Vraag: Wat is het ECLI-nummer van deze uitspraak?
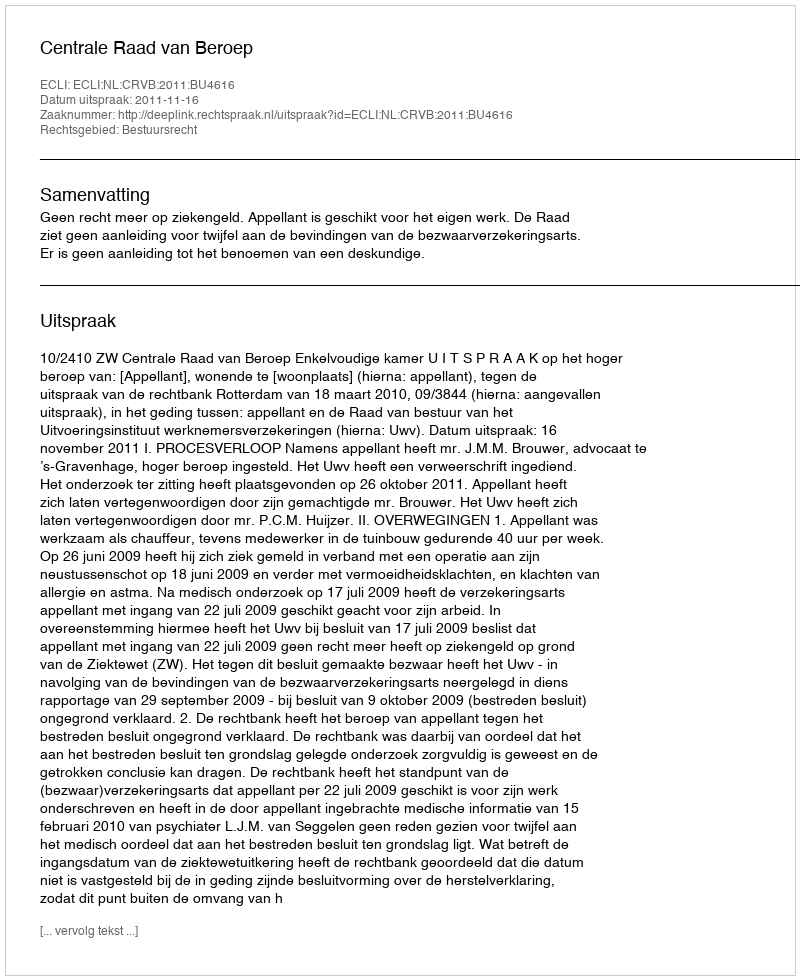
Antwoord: ECLI:NL:CRVB:2011:BU4616